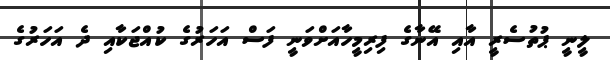
ލީނީ ޕުތުސެރީ އާއި އޭނާގެ ފިރިމީހާއަށްވަނީ ފަސް އަހަރުގެ ކުއްޖަކާއި ދެ އަހަރުގެ